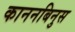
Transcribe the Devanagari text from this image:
काननबिनुस